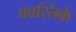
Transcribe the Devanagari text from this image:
कास्तिके